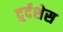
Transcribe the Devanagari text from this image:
दुर्दशेस